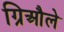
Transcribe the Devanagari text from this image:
ग्रिऔले